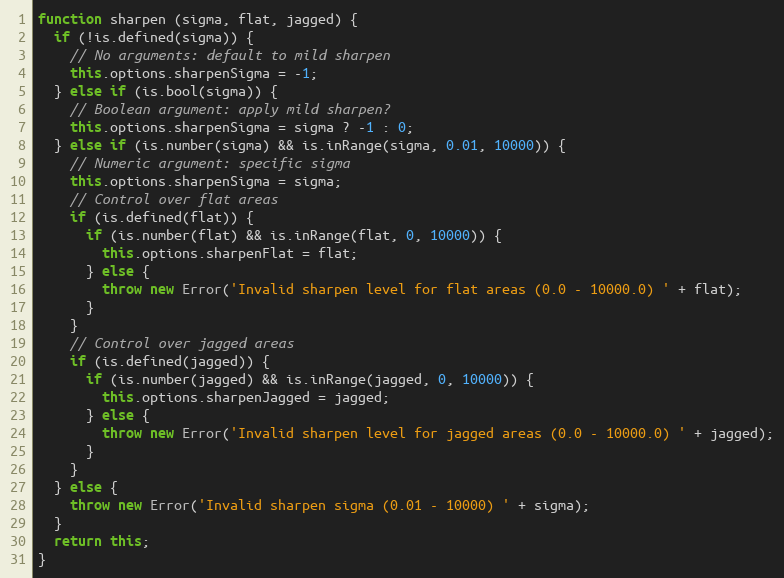
Language: JavaScript
function sharpen (sigma, flat, jagged) {
  if (!is.defined(sigma)) {
    // No arguments: default to mild sharpen
    this.options.sharpenSigma = -1;
  } else if (is.bool(sigma)) {
    // Boolean argument: apply mild sharpen?
    this.options.sharpenSigma = sigma ? -1 : 0;
  } else if (is.number(sigma) && is.inRange(sigma, 0.01, 10000)) {
    // Numeric argument: specific sigma
    this.options.sharpenSigma = sigma;
    // Control over flat areas
    if (is.defined(flat)) {
      if (is.number(flat) && is.inRange(flat, 0, 10000)) {
        this.options.sharpenFlat = flat;
      } else {
        throw new Error('Invalid sharpen level for flat areas (0.0 - 10000.0) ' + flat);
      }
    }
    // Control over jagged areas
    if (is.defined(jagged)) {
      if (is.number(jagged) && is.inRange(jagged, 0, 10000)) {
        this.options.sharpenJagged = jagged;
      } else {
        throw new Error('Invalid sharpen level for jagged areas (0.0 - 10000.0) ' + jagged);
      }
    }
  } else {
    throw new Error('Invalid sharpen sigma (0.01 - 10000) ' + sigma);
  }
  return this;
}